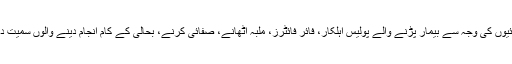
مذکورہ حملے میں ہلاک ہونے والوں کے ساتھ ساتھ زخمی ہونے والے اور امدادی کارروائیوں کی وجہ سے بیمار پڑنے والے پولیس اہلکار، فائر فائٹرز، ملبہ اٹھانے، صفائی کرنے، بحالی کے کام انجام دینے والوں سمیت دیگر رضاکاروں کے لیے ان کی خدمات کے اعتراف میں یہاں یادگار منسوب کی گئی ہیں۔